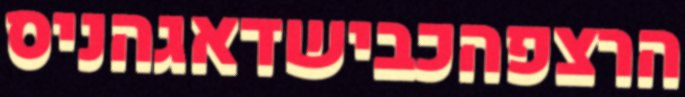
הרצפהכבישדאגהניס